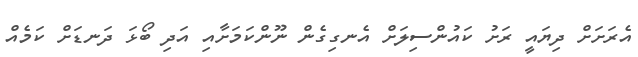
އެރަށަށް ދިޔައީ ރަށު ކައުންސިލަށް އެނގިގެން ނޫންކަމަށާއި އަދި ބޯޅަ ދަނޑަށް ކަމެއް